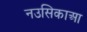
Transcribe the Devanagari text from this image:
नउसिकाआ